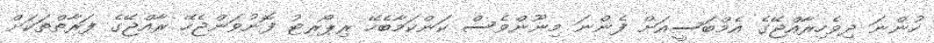
ހުންނަ ދިވެހިރާއްޖޭގެ އެމްބަސީއަށް ފެންނަ މިނޫންވެސް ކަންކަމާބެހޭ ރިޕޯރޓު ފޮނުވަންޖެހޭ ރާއްޖޭގެ ފަރާތްތަކަށް